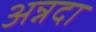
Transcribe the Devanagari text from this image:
अन्नदा